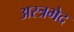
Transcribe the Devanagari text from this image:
अस्त्रभेद